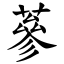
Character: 蔘